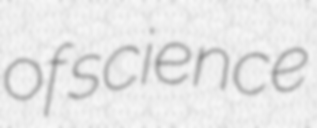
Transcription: of science